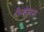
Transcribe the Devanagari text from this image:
पैन्डेनस